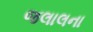
જલાલના